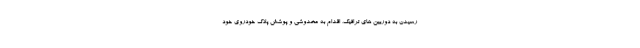
رسیدن به دوربین های ترافیک، اقدام به مخدوشی و پوشش پلاک خودروی خود